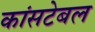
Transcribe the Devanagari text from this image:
कांसटेबल